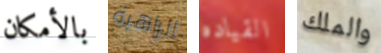
بالأمكان الراهبة القياده والملك